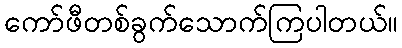
ကော်ဖီတစ်ခွက်သောက်ကြပါတယ်။